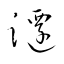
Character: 躚